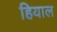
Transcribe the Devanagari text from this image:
हियाल